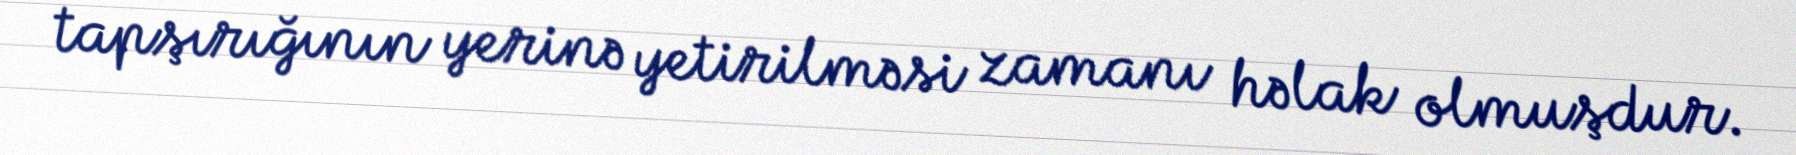
tapşırığının yerinə yetirilməsi zamanı həlak olmuşdur.